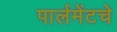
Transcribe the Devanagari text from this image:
पार्लमेंटचे